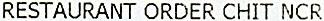
RESTAURANT ORDER CHIT NCR